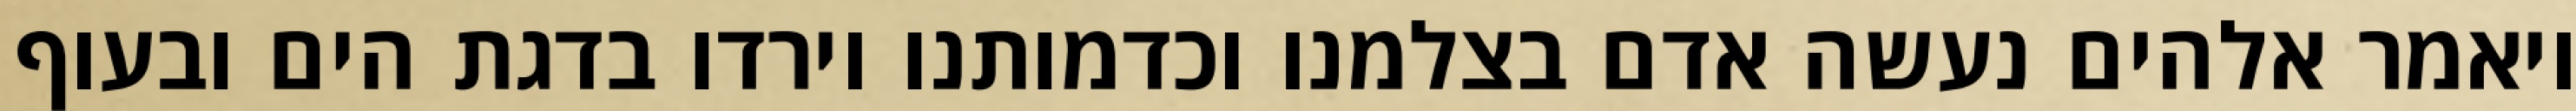
ויאמר אלהים נעשה אדם בצלמנו וכדמותנו וירדו בדגת הים ובעוף